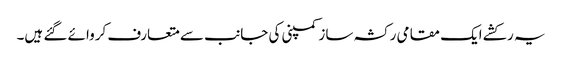
یہ رکشے ایک مقامی رکشہ ساز کمپنی کی جانب سے متعارف کروائے گئے ہیں۔